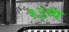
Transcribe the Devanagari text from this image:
१३व्य